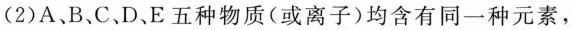
(2)A、B、C、D、E五种物质(或离子)均含有同一种元素，